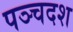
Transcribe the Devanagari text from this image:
पञ्चदश